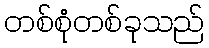
တစ်စုံတစ်ခုသည်